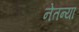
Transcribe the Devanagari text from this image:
नेतन्या